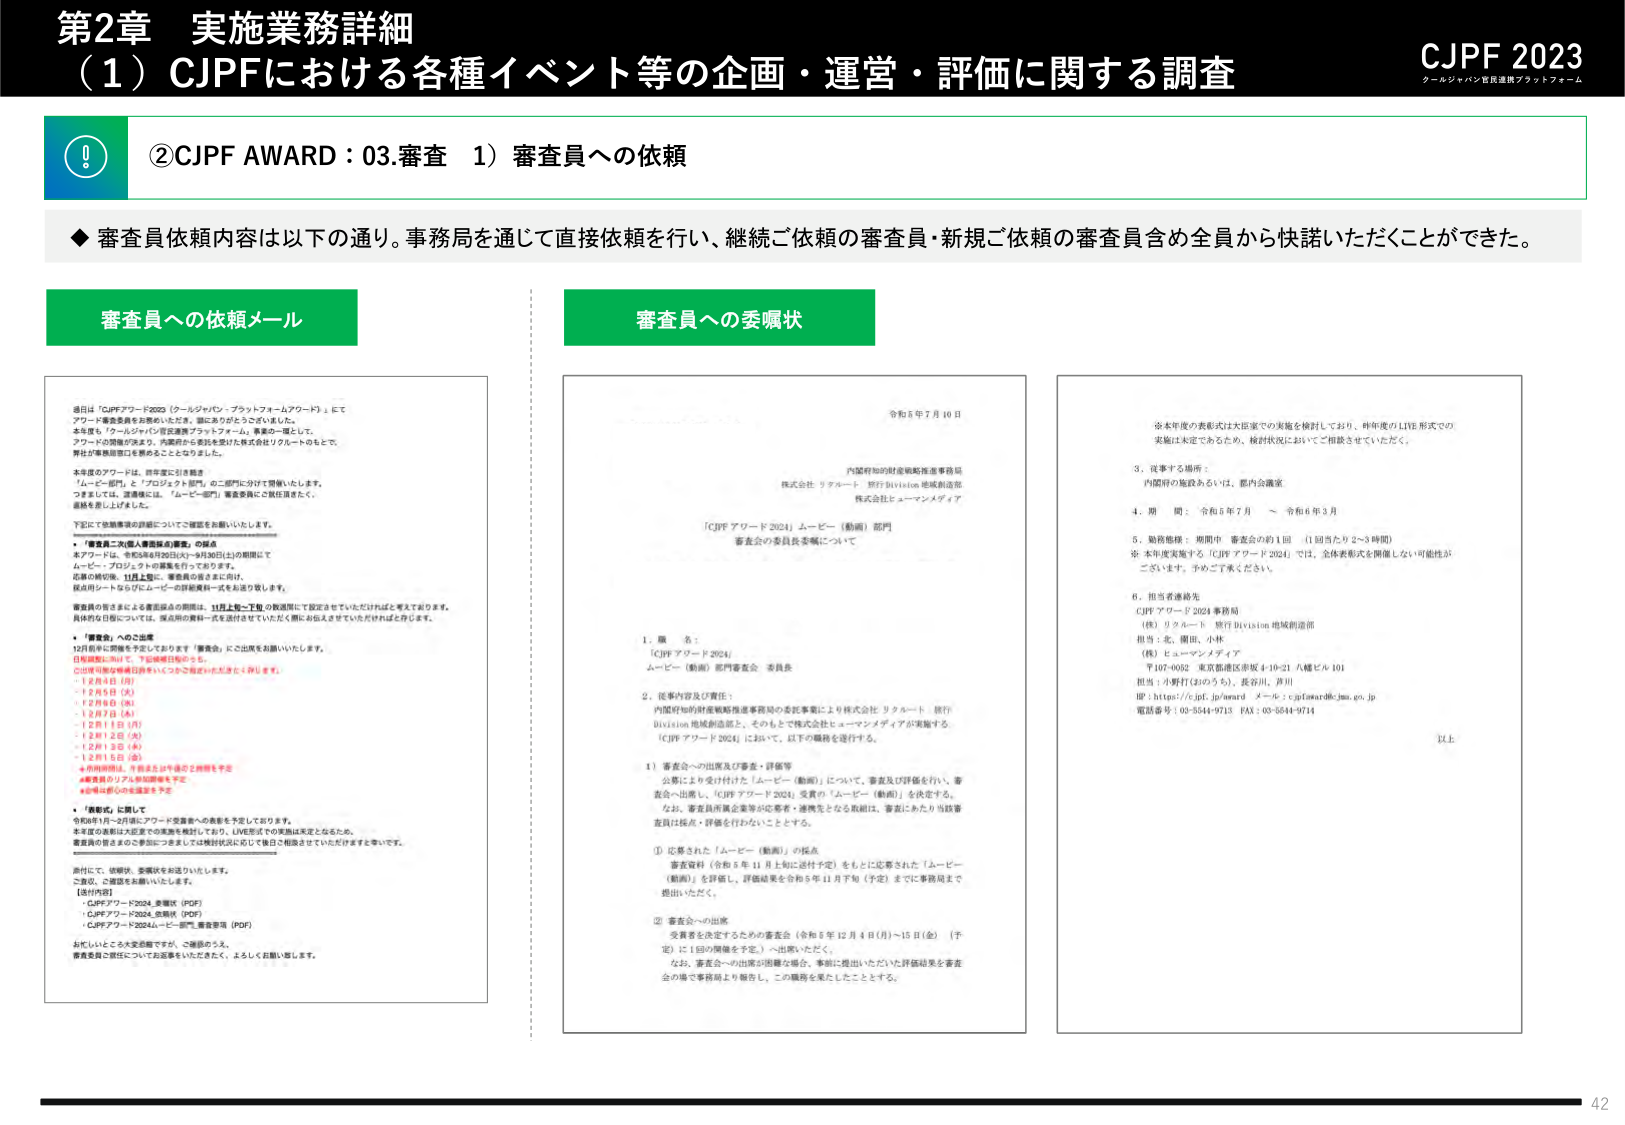
第2章 実施業務詳細
（1）CJPFにおける各種イベント等の企画・運営・評価に関する調査

CJPF 2023
クールジャパン官民連携プラットフォーム

②CJPF AWARD：03.審査 1）審査員への依頼

◆ 審査員依頼内容は以下の通り。事務局を通じて直接依頼を行い、継続ご依頼の審査員・新規ご依頼の審査員含め全員から快諾いただくことができた。

審査員への依頼メール

今日は「CJPFアワード2023（クールジャパン・プラットフォームアワード）」にてアワード審査委員をお務めいただき、誠にありがとうございます。
本年度も「クールジャパン官民連携プラットフォーム」事業の一環として、アワードの開催が決まり、内閣府から委託を受けた株式会社リクルートのもとで、弊社が事務局役を務めることとなりました。

本年度のアワードは、昨年度に引き続き
「ムービー部門」と「プロジェクト部門」の二部門に分けて開催いたします。
つきましては、審査員には、「ムービー部門」審査委員のご担当頂きます。
返信を差し上げました。

下記にて依頼事項の詳細についてご確認をお願いいたします。

・「審査員二次個人情報届の調査」の提出
本アワードは、令和5年6月20日(火)～9月30日(土)の期間にて
ムービー・プロジェクトの募集を行っております。
応募の締切後、11月上旬に、審査員の皆さまには、
採点用シートならびにムービーの詳細資料一式をお送り致します。

審査員の皆さまによる審査届の期限は、11月上旬～下旬の数週間にて設定させていただければと考えております。
具体的な日程については、採点用の資料一式を送付させていただく際にお伝えさせていただければと存じます。

・「審査会」へのご出席
12月前半に開催を予定しております「審査会」にご出席をお願いいたします。
日程調整に向け、下記候補日程からご
〇日程可能な候補日程を1つ～2つご指定いただきますようお願いします。
・12月4日（月）
・12月6日（水）
・12月8日（金）
・12月7日（木）
・12月15日（月）
・12月12日（金）
・12月13日（水）
・12月16日（土）

※候補日程は、予定または予告の2種類を予定
※審査員のリスル別調整を予定
※候補日の申込確認を予定

・「表彰式」に関して
令和5年1月～2月にアワード受賞者への表彰を予定しております。
本年度の表彰はコロナの実施を検討しており、LIVE形式での実施は未定となるため、
審査員の皆さまのご参加につきましては検討状況に応じて後日ご相談させていただきますと存じます。

添付にて、説明状、委嘱状をお送りいたします。
ご査収、ご確認をお願いいたします。

【添付内容】
・CJPFアワード2024_審査官（PDF）
・CJPFアワード2024_委嘱状（PDF）
・CJPFアワード2024ムービー部門_審査要項（PDF）

お忙しいところ大変恐縮ですが、ご確認のうえ、
審査委員ご就任についてお返事をいただきたく、よろしくお願い致します。

審査員への委嘱状

令和6年7月10日

内閣府知的財産戦略推進事務局
株式会社 リクルート 執行Division 地域創造部
株式会社ヒューマンメディア

「CJPFアワード2024」ムービー（動画）部門
審査会の委員長委嘱について

1．職 名：
「CJPFアワード2024」
ムービー（動画）部門審査会 委員長

2．従事内容及び責任：
内閣府知的財産戦略推進事務局の委託事業により株式会社 リクルート 執行Division 地域創造部と、そのもとで株式会社ヒューマンメディアが実施する、「CJPFアワード2024」において、以下の職務を遂行する。

1）審査会への出席及び審査・評価等
公募により受け付けた「ムービー（動画）」について、審査及び評価を行い、審査会へ出席し、「CJPFアワード2024」受賞の「ムービー（動画）」を決定する。
なお、審査員所属企業等が応募者・連携先となる取組は、審査にあたり当該審査員は採点・評価を行わないこととする。

① 応募された「ムービー（動画）」の採点
審査資料（令和6年11月上旬に送付予定）をもとに応募された「ムービー（動画）」を評価し、評価結果を令和6年11月下旬（予定）までに事務局まで提出いただく。

② 審査会への出席
受賞者を決定するための審査会（令和6年12月4日(月)～15日(金) （予定）に1回の開催を予定）へ出席いただく。
なお、審査会への出席が困難な場合、事前に提出いただいた評価結果を審査会の場で事務局より報告し、この職務を果たしたこととする。

※本年度の表彰式は大臣室での実施を検討しており、昨年度のLIVE形式での実施は未定であるため、検討状況においてご相談させていただく。

3．従事する場所：
内閣府の施設あるいは、都内会議室

4．期 間： 令和6年7月 ～ 令和6年3月

5．勤務態様： 期間中 審査会の約1回 （1回当たり2～3時間）
※本年度実施する「CJPFアワード2024」では、全体表彰式を開催しない可能性がございます。予めご了承ください。

6．担当者連絡先
CJPFアワード2024事務局
（株）リクルート 執行Division 地域創造部
担当：北、園田、小林
（株）ヒューマンメディア
〒107-0062 東京都港区赤坂4-10-21 八幡ビル101
担当：小野行(おのゆうき)、長谷川、芦川
HP：https://c-jpf.jp/award メール：cjpaward@cjpm.go.jp
電話番号：03-5544-9713 FAX：03-5544-9714

以上

42